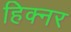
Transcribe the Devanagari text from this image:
हिक्नर